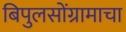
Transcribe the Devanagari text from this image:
बिपुलसोंग्रामाचा